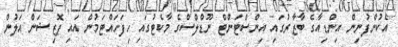
އެކުންފުނިން އިންޑިއާގެ ބާޒާރުގައި އިންސްޓަންޓް ނޫޑްލްސްގެ މާކެޓުގައި ހިފަހައްޓަމުން އައި ޕޮޒިޝަން އަލުން